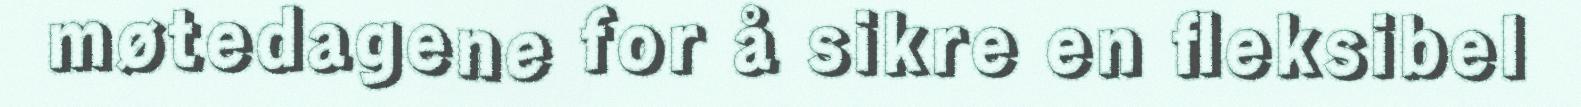
møtedagene for å sikre en fleksibel